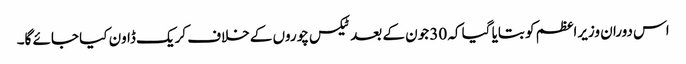
اس دوران وزیراعظم کو بتایا گیا کہ 30 جون کے بعد ٹیکس چوروں کے خلاف کریک ڈاون کیا جائے گا۔